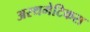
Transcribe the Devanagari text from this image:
अस्थमेटिकस